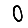
Digit: 0